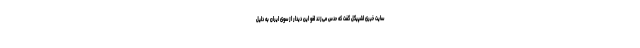
سایت خبری اشپیگل گفت که حدس می‌زند لغو این دیدار از سوی ایران به دلیل